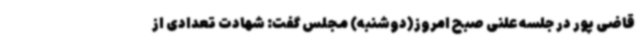
قاضی پور در جلسه علنی صبح امروز(دوشنبه) مجلس گفت: شهادت تعدادی از